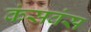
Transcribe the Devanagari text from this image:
कंसवंस